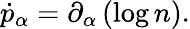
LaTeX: \dot{p}_{\alpha}=\partial_{\alpha}\left(\log n\right).